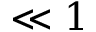
\ll 1